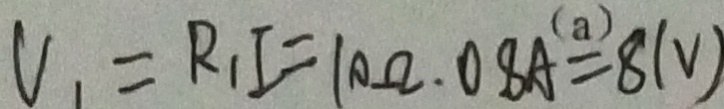
V _ { 1 } = R _ { 1 } I = 1 0 \Omega \cdot 0 . 8 A = 8 ( V )